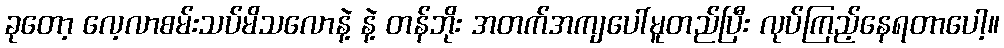
ခုတော့ လေ့လာစမ်းသပ်မိသလောနဲ့ နဲ့ တန်ဘိုး အတက်အကျပေါ်မူတည်ပြီး လုပ်ကြည့်နေရတာပေါ့။